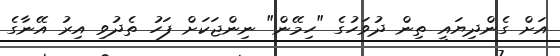
އަށް ގެންދިޔައީ ތިން ދުވަހުގެ "ހިމޭން" ނިންޖަކަށް ފަހު ތެދުވި އިރު އޭނާގެ